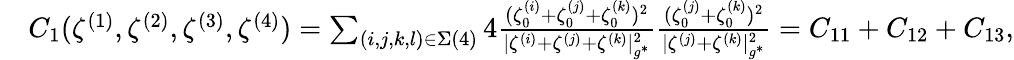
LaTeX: \begin{array}{rl}&{C_{1}(\zeta^{(1)},\zeta^{(2)},\zeta^{(3)},\zeta^{(4)})=\sum_{(i,j,k,l)\in\Sigma(4)}4\frac{(\zeta_{0}^{(i)}+\zeta_{0}^{(j)}+\zeta_{0}^{(k)})^{2}}{|{\zeta^{(i)}}+{\zeta^{(j)}}+{\zeta^{(k)}}|_{g^{*}}^{2}}\frac{(\zeta_{0}^{(j)}+\zeta_{0}^{(k)})^{2}}{|\zeta^{(j)}+\zeta^{(k)}|_{g^{*}}^{2}}=C_{11}+C_{12}+C_{13},}\end{array}